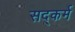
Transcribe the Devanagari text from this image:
सद्कर्म